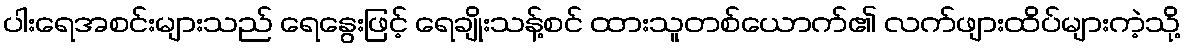
ပါးရေအစင်းများသည် ရေနွေးဖြင့် ရေချိုးသန့်စင် ထားသူတစ်ယောက်၏ လက်ဖျားထိပ်များကဲ့သို့